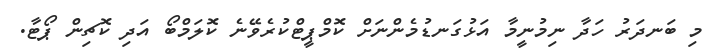
މި ބަނދަރު ހަދާ ނިމުނީމާ އަޅުގަނޑުމެންނަށް ކޮމްޕީޓްކުރެވޭނެ ކޮލަމްބޯ އަދި ކޮޗިން ޕޯޓާ.